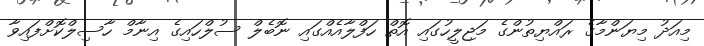
މިއަދު މިޔަންމާގެ ރައްޔިތުންގެ މަޖިލީހުގައި އޮތް ހަފްލާއެއްގައި ނޮބެލް ސުލްހައިގެ އިނާމް ހާސިލްކޮށްފައިވާ